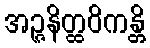
အဉ္ဇနိတ္ထဝိကန္တိ